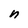
Character: n